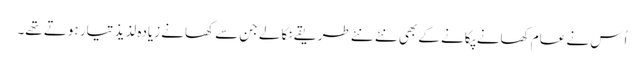
اُس نے عام کھانے پکانے کے بھی نئے نئے طریقے نکالے جن سے کھانے زیادہ لذیذ تیار ہوتے تھے۔